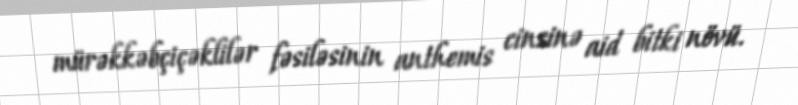
mürəkkəbçiçəklilər fəsiləsinin anthemis cinsinə aid bitki növü.